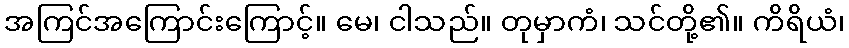
အကြင်အကြောင်းကြောင့်။ မေ၊ ငါသည်။ တုမှာကံ၊ သင်တို့၏။ ကိရိယံ၊